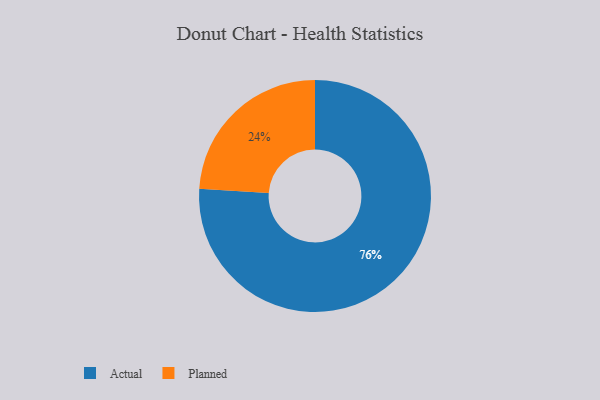
{"axis": {"x": "Category", "y": "Percentage"}, "legend": ["Actual", "Planned"], "data": [{"x": "Planned", "y": 24, "type": "Planned"}, {"x": "Actual", "y": 76, "type": "Actual"}]}